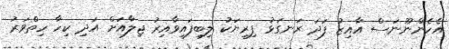
އެހެންނޫނަސް އާއިޒު ފަދަ ރަނގަޅު ފިރިޔަކު ލިބިފައިވާއިރު ޖިލާއަށް އަދި ކިހާ ހިތްވަރު